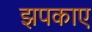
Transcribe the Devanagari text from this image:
झपकाए